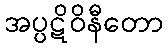
အပ္ပဋိဝိနီတော